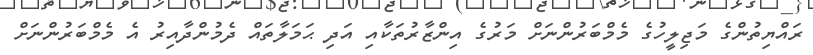
ރައްޔިތުންގެ މަޖިލީހުގެ މެމްބަރުންނަށް މަރުގެ އިންޒާރުތަކާއި އަދި ޙަމަލާތައް ދެމުންދާއިރު އެ މެމްބަރުންނަށް